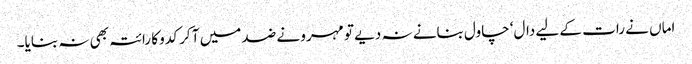
اماں نے رات کے لیے دال‘ چاول بنانے نہ دیے تو مہرو نے ضد میں آ کر کدو کا رائتہ بھی نہ بنایا۔